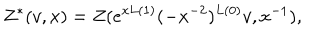
Z ^ { * } ( v , x ) = Z ( e ^ { x L ( 1 ) } ( - x ^ { - 2 } ) ^ { L ( 0 ) } v , x ^ { - 1 } ) ,